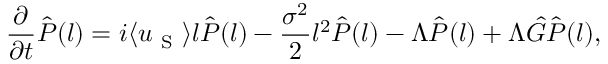
\frac { \partial } { \partial t } \hat { P } ( l ) = i \langle u _ { \mathrm { ~ S ~ } } \rangle l \hat { P } ( l ) - \frac { \sigma ^ { 2 } } { 2 } l ^ { 2 } \hat { P } ( l ) - \Lambda \hat { P } ( l ) + \Lambda \hat { G } \hat { P } ( l ) ,